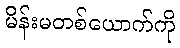
မိန်းမတစ်ယောက်ကို